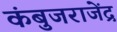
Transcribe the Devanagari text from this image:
कंबुजराजेंद्र